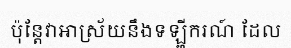
ប៉ុន្តែវាអាស្រ័យនឹងទឡ្ហីករណ៍ ដែល